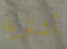
أشتريه